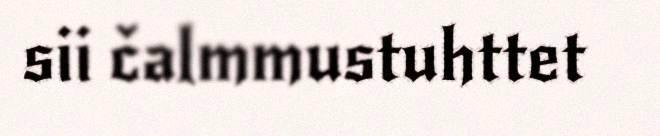
sii čalmmustuhttet